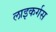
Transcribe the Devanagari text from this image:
लाइकर्गस